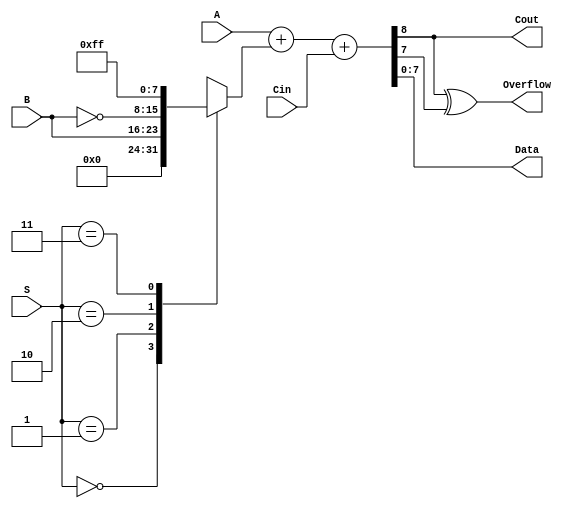
module Arithmetic_unit (
    input [7:0] A, B,
    input Cin,
    input [1:0] S,
    output [7:0] Data,
    output Cout, Overflow
);
    reg [7:0] AddB;

    //MUX for selecting B for adder
    always@(*) begin
        case (S)
            0: AddB = 8'b0;
            1: AddB = B;
            2: AddB = ~B;
            3: AddB = 8'b11111111; //-1
        endcase
    end

    //Adder with Cin & Cout
    assign {Cout, Data} = A + AddB + Cin;
    //Overflow output
    assign Overflow = Cout ^ Data[7];

endmodule